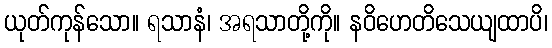
ယုတ်ကုန်သော။ ရသာနံ၊ အရသာတို့ကို။ နဝိဟေတိသေယျထာပိ၊